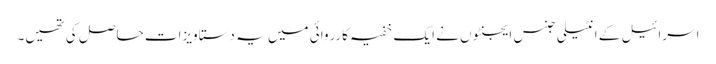
اسرائیل کے انٹیلی جنس ایجنٹوں نے ایک خفیہ کارروائی میں یہ دستاویزات حاصل کی تھیں۔